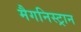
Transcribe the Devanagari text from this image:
मैगनिस्ट्रान